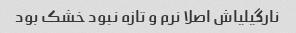
نارگیلیاش اصلا نرم و تازه نبود خشک بود